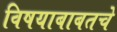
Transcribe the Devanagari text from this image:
विषयाबाबतचे